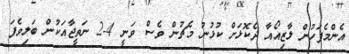
އެންމެފަހުން ލާޒިއޯއާ ދެކޮޅަށް ކުޅުނު މެޗުން ވެސް ވަނީ 4-2 ނަތީޖާއަކުން ބަލިވެފަ